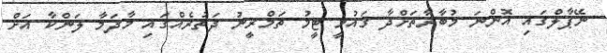
ނޭޕާލްގައި އޮންނަ މުބާރާތަށްދާ ގައުމީ ޓީމު ތަމްރީނު ދަތުރެއްގައި މާދަމާ ލަންކާ އަށް